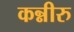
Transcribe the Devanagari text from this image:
कन्नीरु